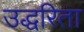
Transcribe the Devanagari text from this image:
उद्धरिता